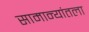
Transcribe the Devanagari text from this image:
सामान्यांतला